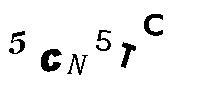
5CN5TC